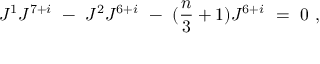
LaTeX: J ^ { 1 } J ^ { 7 + i } \ - \ J ^ { 2 } J ^ { 6 + i } \ - \ ( { \frac { n } { 3 } } + 1 ) J ^ { 6 + i } \ = \ 0 \ ,